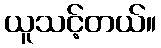
ယူသင့်တယ်။